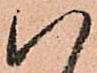
八